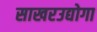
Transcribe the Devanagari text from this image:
साखरउद्योगा